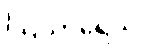
ဩသာရေသိ